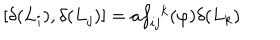
LaTeX: \lbrack \delta ( L _ { i } ) , \delta ( L _ { j } ) ] = a f _ { i j } ^ { \ \ k } ( \varphi ) \delta ( L _ { k } )